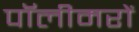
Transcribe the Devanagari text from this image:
पॉलीमरों